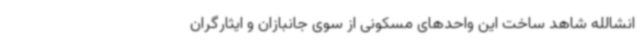
انشالله شاهد ساخت این واحدهای مسکونی از سوی جانبازان و ایثارگران